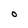
Character: o